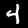
Digit: 4